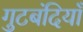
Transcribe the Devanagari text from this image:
गुटबंदियाँ